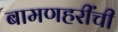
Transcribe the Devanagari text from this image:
बामणहरींची